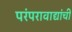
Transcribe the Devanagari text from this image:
परंपरावाद्यांची